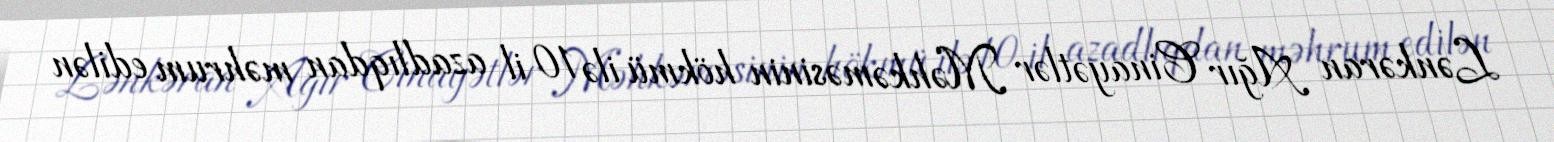
Lənkəran Ağır Cinayətlər Məhkəməsinin hökmü ilə 10 il azadlıqdan məhrum edilən